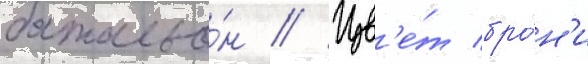
батальо́н // Цв'е́т бро́н'и